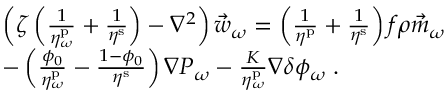
\begin{array} { r l } & { \left( \zeta \left( \frac { 1 } { \eta _ { \omega } ^ { \mathrm { p } } } + \frac { 1 } { \eta ^ { \mathrm { s } } } \right) - \nabla ^ { 2 } \right) \vec { w } _ { \omega } = \left( \frac { 1 } { \eta ^ { \mathrm { p } } } + \frac { 1 } { \eta ^ { \mathrm { s } } } \right) f \rho \vec { m } _ { \omega } } \\ & { - \left( \frac { \phi _ { 0 } } { \eta _ { \omega } ^ { \mathrm { p } } } - \frac { 1 - \phi _ { 0 } } { \eta ^ { \mathrm { s } } } \right) \nabla P _ { \omega } - \frac { K } { \eta _ { \omega } ^ { \mathrm { p } } } \nabla \delta \phi _ { \omega } \; . } \end{array}